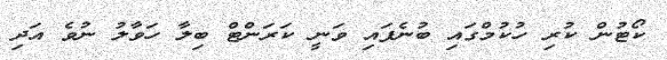
ކޯޓުން ކުރި ހުކުމްގައި ބުނެފައި ވަނީ ކަރަންޓް ބިލާ ހަވާލު ނުވެ އަދި